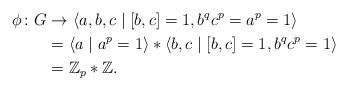
LaTeX: \begin{align*}\phi\colon G&\to \langle a,b,c \mid [b,c]=1, b^qc^p=a^p=1\rangle\\&=\langle a \mid a^p=1\rangle *\langle b,c \mid [b,c]=1, b^qc^p=1\rangle\\&=\mathbb{Z}_p * \mathbb{Z}.\end{align*}